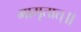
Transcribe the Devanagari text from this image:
मामृतात्॥